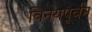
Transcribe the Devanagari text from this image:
विनयपूर्वन